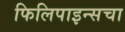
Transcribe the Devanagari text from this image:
फिलिपाइन्सचा